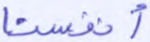
أنفسنا